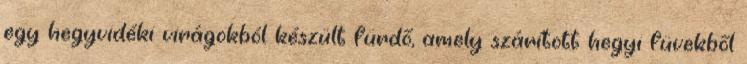
egy hegyvidéki virágokból készült fürdő, amely szárított hegyi füvekből